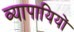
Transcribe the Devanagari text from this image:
व्यापायियों